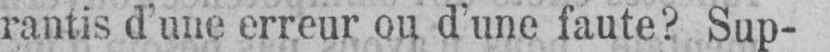
rantis d’une erreur on d’une faute? Sup-